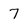
Character: 7